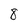
Character: 8